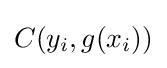
C(y_{i},g(x_{i}))